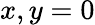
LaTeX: x,y=0